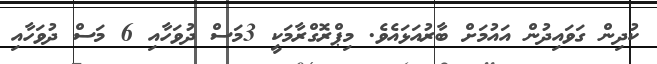
ކުދިން ގަވައިދުން އައުމަށް ބާރުއަޅައެވެ. މިޕްރޮގްރާމަކީ 3މަސް ދުވަހާއި 6 މަސް ދުވަހާއި